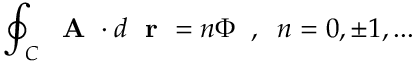
\oint _ { C } \mathrm { ~ \bf ~ A ~ } \cdot d \mathrm { ~ \bf ~ r ~ } = n \Phi \; \; , \; \; n = 0 , \pm 1 , . . .